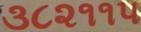
૩૮૨૧૧૫